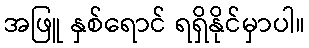
အဖြူ နှစ်ရောင် ရရှိနိုင်မှာပါ။